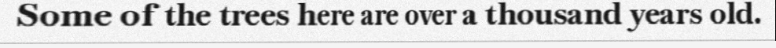
Some of the trees here are over a thousand years old.